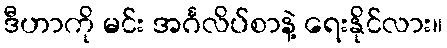
ဒီဟာကို မင်း အင်္ဂလိပ်စာနဲ့ ရေးနိုင်လား။